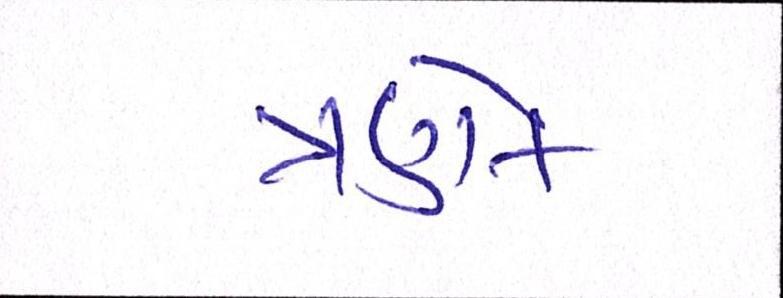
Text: ત્રણેક